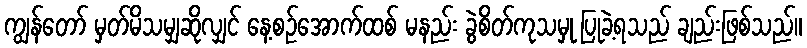
ကျွန်တော် မှတ်မိသမျှဆိုလျှင် နေ့စဉ်အောက်ထစ် မနည်း ခွဲစိတ်ကုသမှု ပြုခဲ့ရသည် ချည်းဖြစ်သည်။